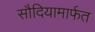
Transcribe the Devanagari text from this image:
सौदियामार्फत